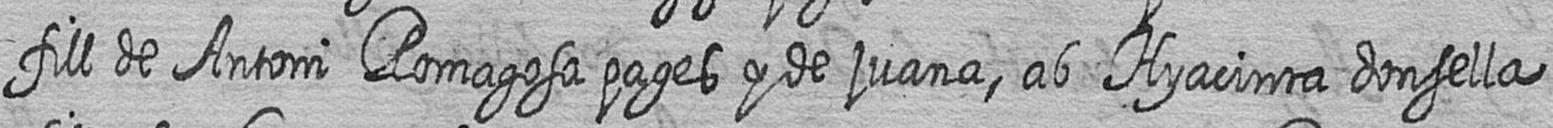
fill de Antoni Romagosa pages y de juana ab Hyacinta donsella